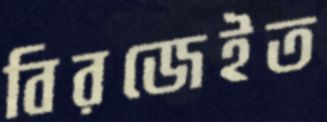
বিরজেইত